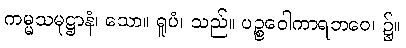
ကမ္မသမုဋ္ဌာနံ၊ သော။ ရူပံ၊ သည်။ ပဉ္စဝေါကာရဘဝေ၊ ၌။